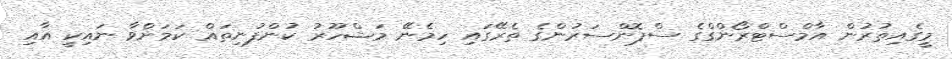
މީގެއިތުރުން އާމްސްޓްރޯންގްގެ ސްޕޮންސަރުންގެ ތެރޭގައި ހިމެނޭ މަޝްހޫރު ކުންފުނިތައް ކަމަށްވާ ނައިކީ އާއި